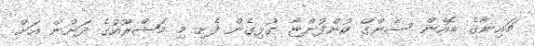
ޗައިނާގެ ޑޮއެން ސެންގް ކުންފުންޏާ ގުޅިގެން ފެށި މި މަޝްރޫއުގެ ދަށުން އަށް